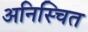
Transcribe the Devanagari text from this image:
अनिस्चित